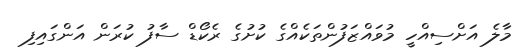
މާލެ އަށްސިއްހީ މުވައްޒަފުންތަކެއްގެ ކުށުގެ ރެކޯޑް ސާފު ކުރަން އަންގައިފި